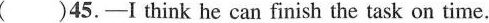
( )45.-I think he can finish the task on time.